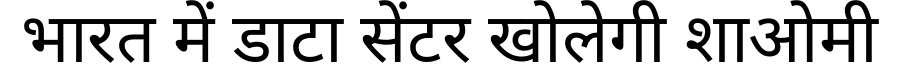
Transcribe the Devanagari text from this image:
भारत में डाटा सेंटर खोलेगी शाओमी